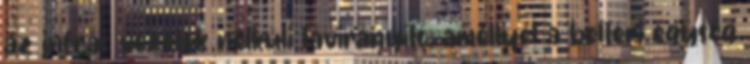
az infrás vezeték nélküli távirányító, amellyel a beltéri egység